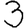
Digit: 3